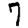
Digit: 7